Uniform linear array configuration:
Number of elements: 48
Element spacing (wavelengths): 0.25
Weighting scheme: hamming
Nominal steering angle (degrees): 15
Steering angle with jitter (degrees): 15.97
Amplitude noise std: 0.05
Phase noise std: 0.05

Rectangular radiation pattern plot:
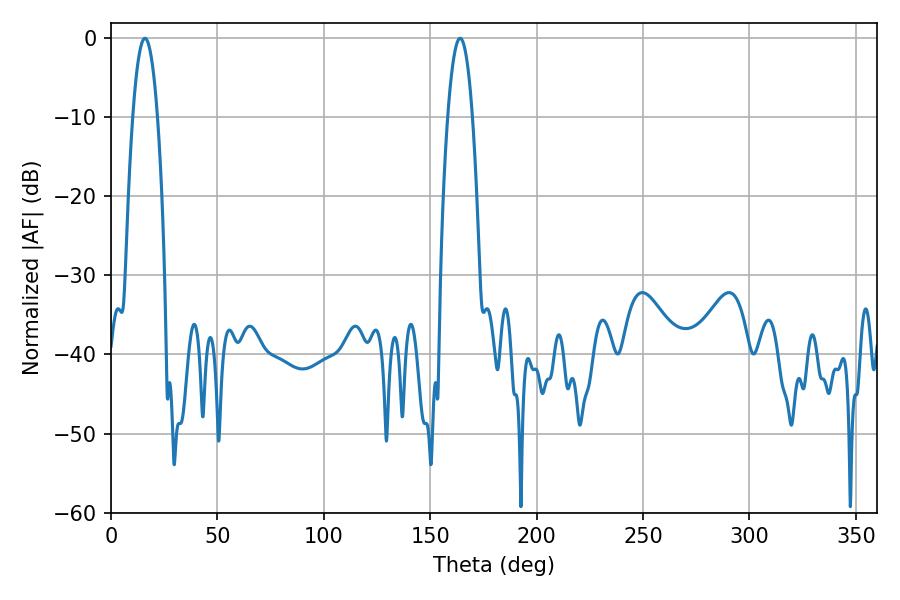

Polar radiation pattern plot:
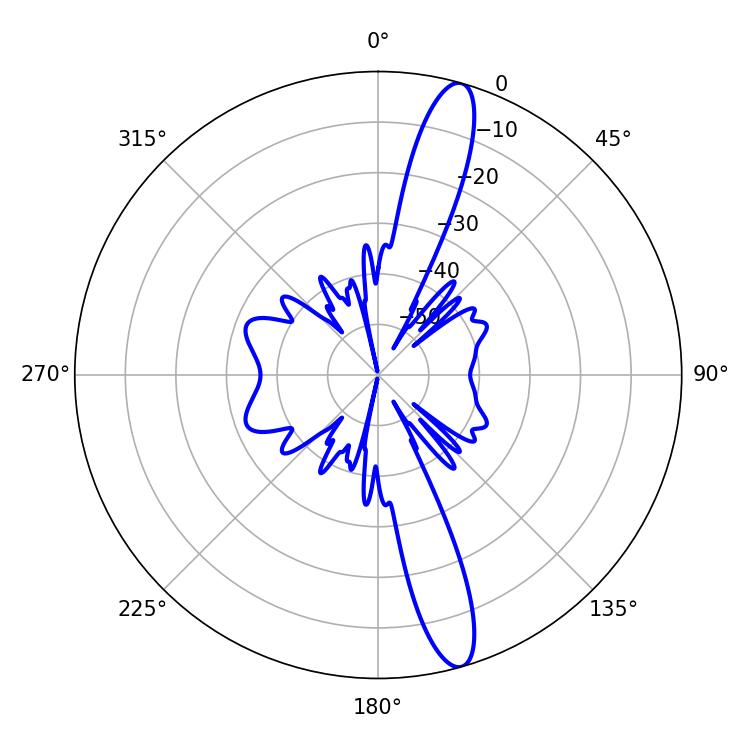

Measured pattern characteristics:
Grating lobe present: FALSE
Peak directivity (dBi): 14.809
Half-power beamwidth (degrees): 6.48
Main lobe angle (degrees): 16.02